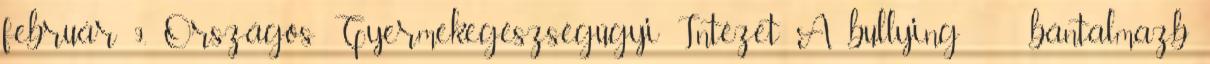
február 9. Országos Gyermekegészségügyi Intézet A bullying bántalmazb